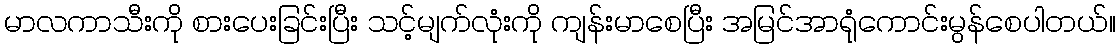
မာလကာသီးကို စားပေးခြင်းပြီး သင့်မျက်လုံးကို ကျန်းမာစေပြီး အမြင်အာရုံကောင်းမွန်စေပါတယ်။